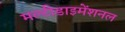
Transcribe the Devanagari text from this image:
मल्टीडाइमेंशनल